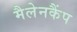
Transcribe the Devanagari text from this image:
मैलेनकैंप